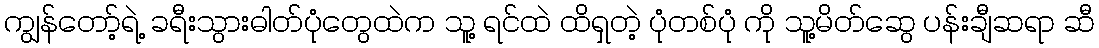
ကျွန်တော့်ရဲ့ ခရီးသွားဓါတ်ပုံတွေထဲက သူ့ ရင်ထဲ ထိရှတဲ့ ပုံတစ်ပုံ ကို သူ့မိတ်ဆွေ ပန်းချီဆရာ ဆီ